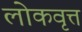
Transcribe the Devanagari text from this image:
लोकवृत्त